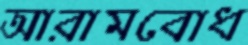
আরামবোধ